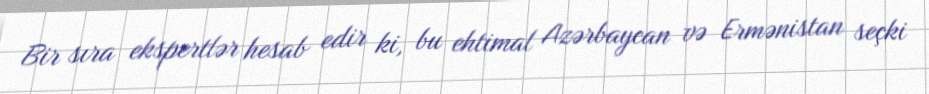
Bir sıra ekspertlər hesab edir ki, bu ehtimal Azərbaycan və Ermənistan seçki